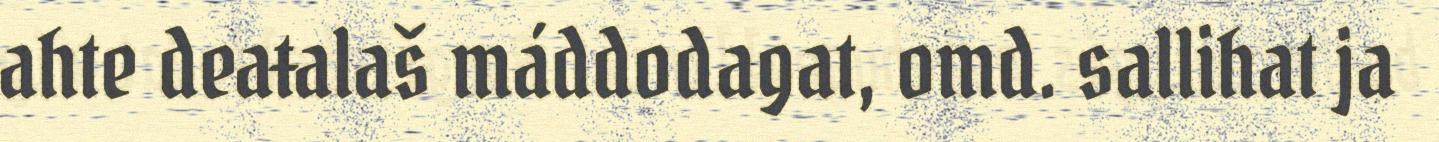
ahte deaŧalaš máddodagat, omd. sallihat ja